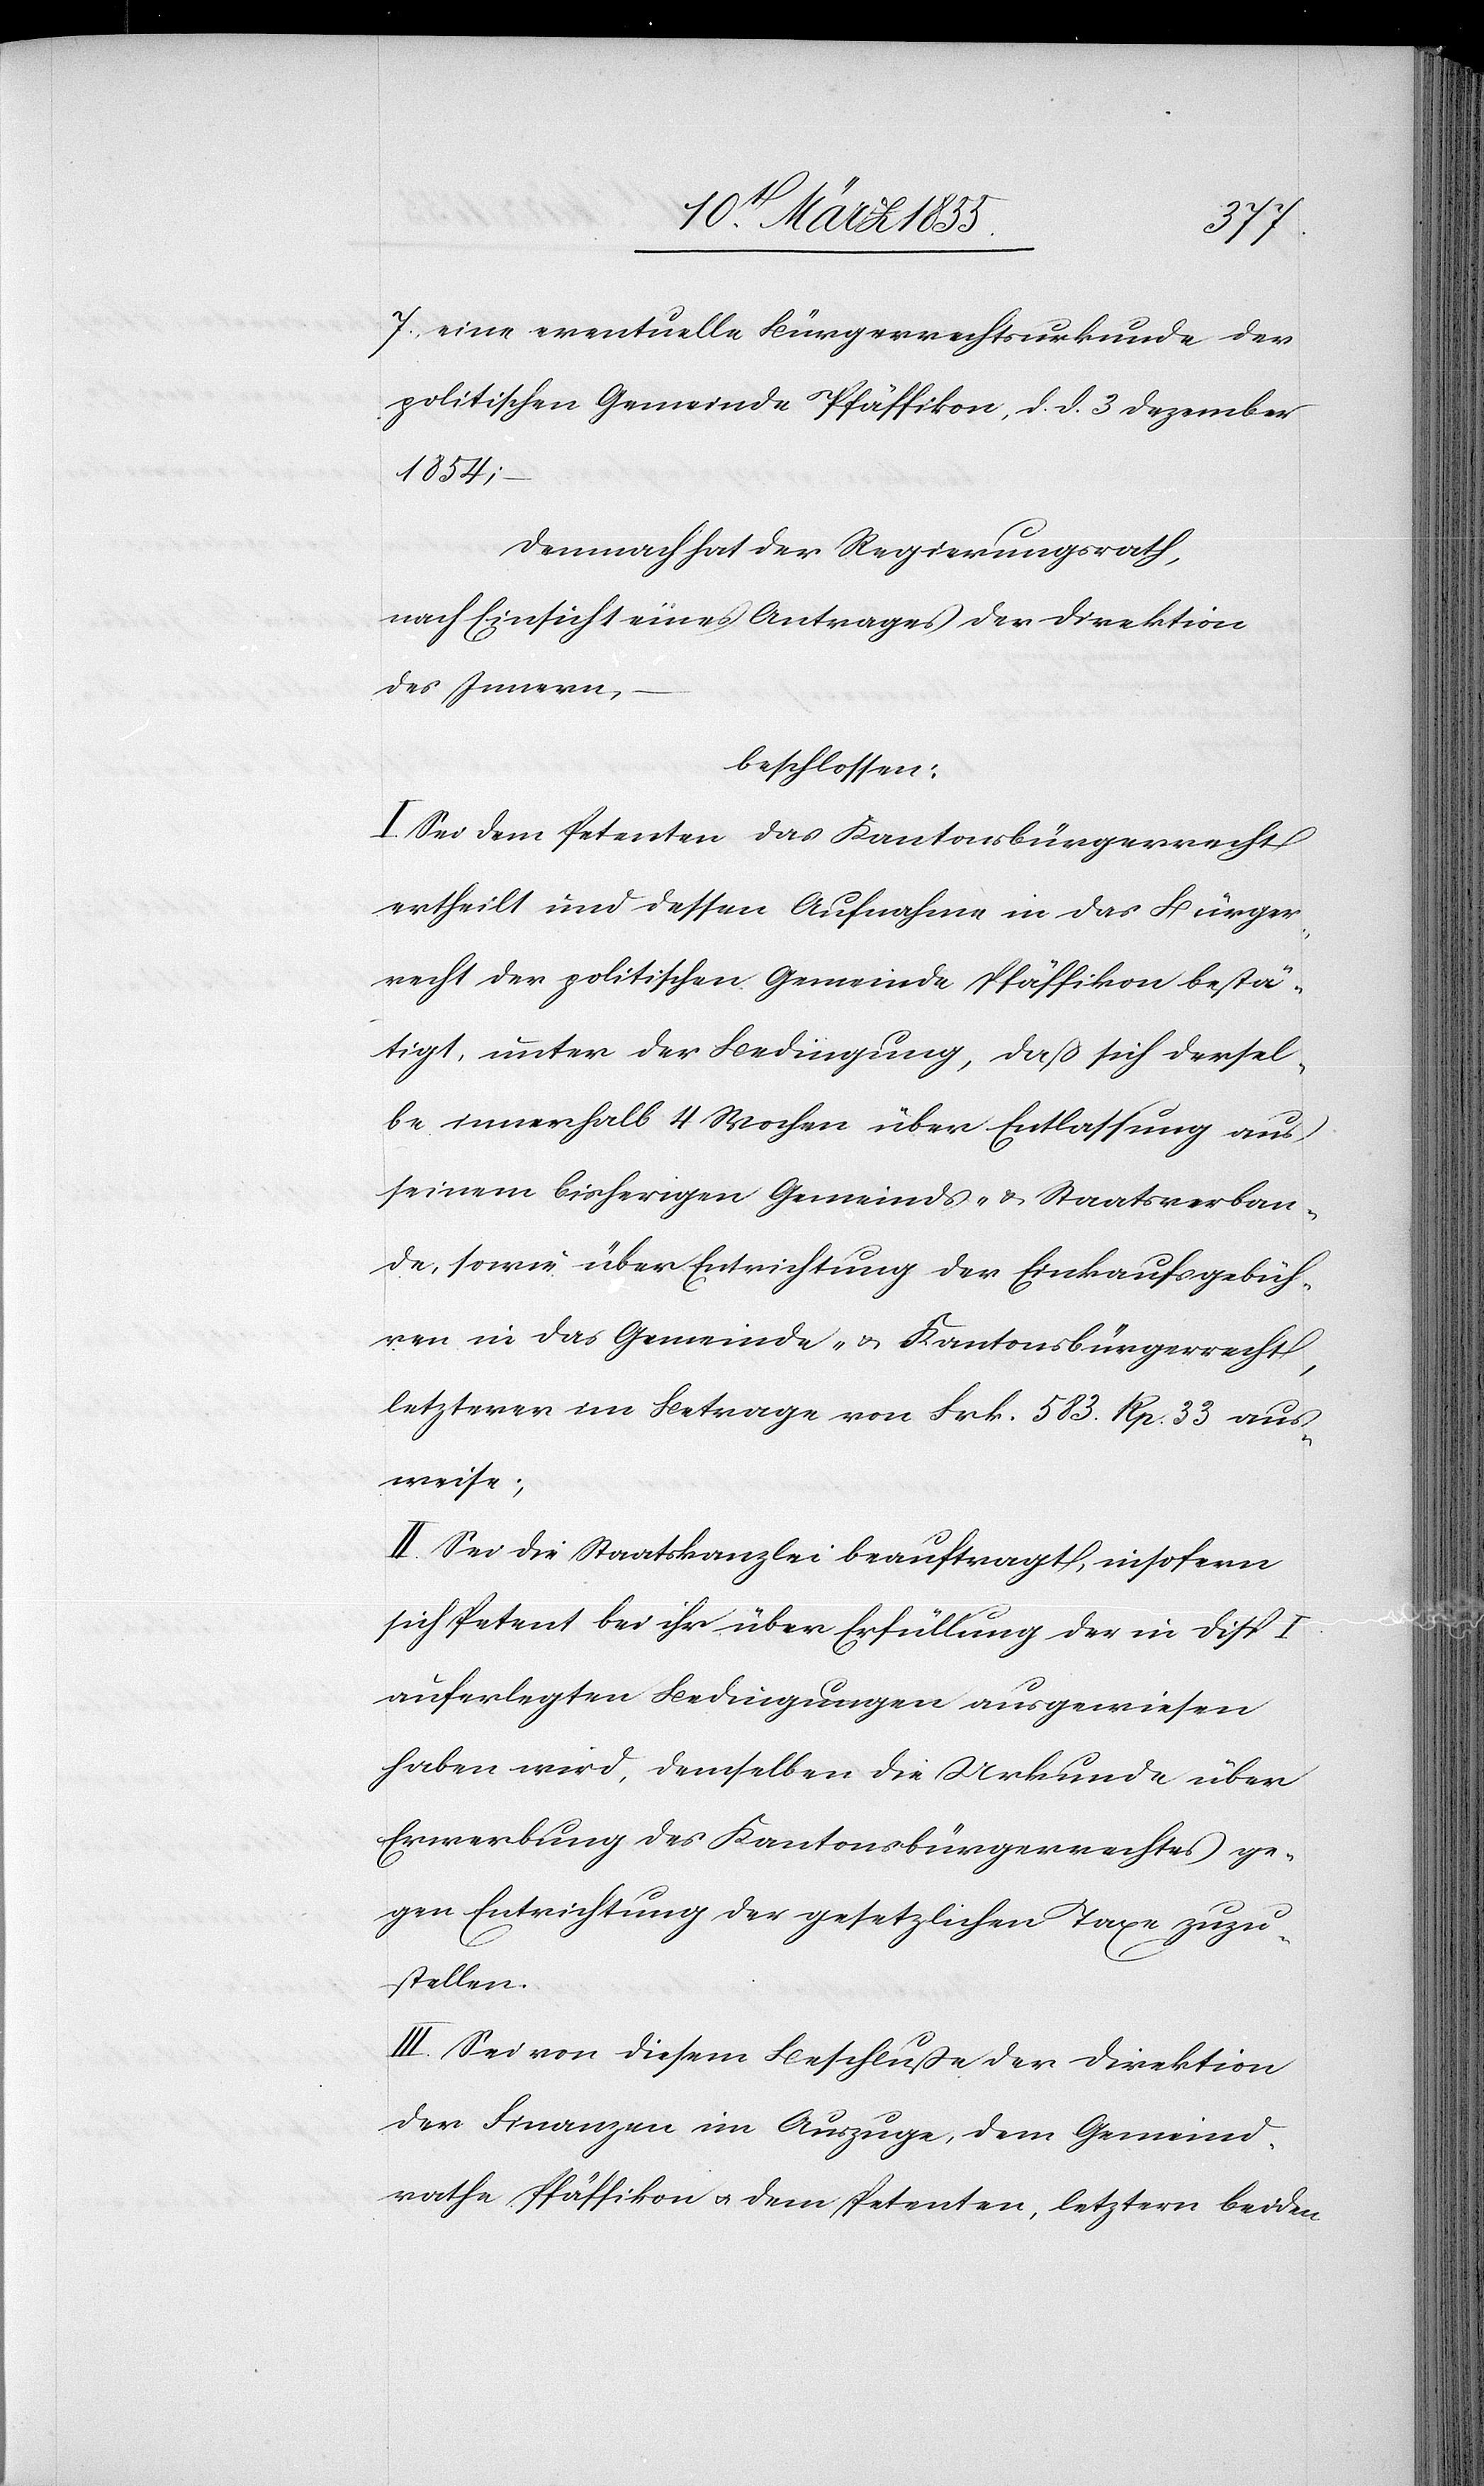
7.
eine eventuelle Bürgerrechtsurkunde der
politischen Gemeinde Pfäffikon, d. d. 3 Dezember
1854;
Demnach hat der Regierungsrath,
nach Einsicht eines Antrages der Direktion
des Innern,
beschlossen:
I. Sei dem Petenten das Kantonsbürgerrecht
ertheilt und dessen Aufnahme in das Bürger¬
recht der politischen Gemeinde Pfäffikon bestä¬
tigt, unter der Bedingung, daß sich dersel¬
be innerhalb 4 Wochen über Entlassung aus
seinem bisherigen Gemeinds- & Staatsverban¬
de, sowie über Entrichtung der Einkaufsgebüh¬
ren in das Gemeinde- & Kantonsbürgerrecht,
letzterer im Betrage von Frk. 583. Rp. 33 aus¬
weise;
II. Sei die Staatskanzlei beauftragt, insofern
sich Petent bei ihr über Erfüllung der in Disp I
auferlegten Bedingungen ausgewiesen
haben wird, demselben die Urkunde über
Erwerbung des Kantonsbürgerrechtes ge¬
gen Entrichtung der gesetzlichen Taxe zuzu¬
stellen.
III. Sei von diesem Beschluße der Direktion
der Finanzen im Auszuge, dem Gemeind¬
rathe Pfäffikon & dem Petenten, letztern beiden